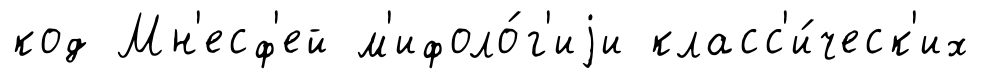
код Мн'есф'ей м'ифоло́г'иjи класс'и́ческ'их